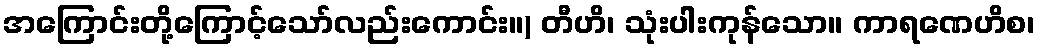
အကြောင်းတို့ကြောင့်သော်လည်းကောင်း။) တီဟိ၊ သုံးပါးကုန်သော။ ကာရဏေဟိစ၊